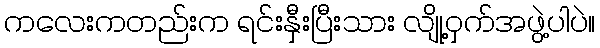
ကလေးကတည်းက ရင်းနှီးပြီးသား လျို့ဝှက်အဖွဲ့ပါပဲ။